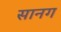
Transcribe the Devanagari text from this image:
सानग